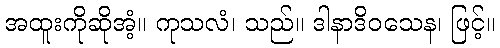
အထူးကိုဆိုအံ့။ ကုသလံ၊ သည်။ ဒါနာဒိဝသေန၊ ဖြင့်။